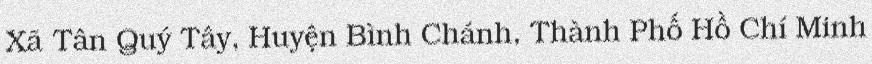
Xã Tân Quý Tây, Huyện Bình Chánh, Thành Phố Hồ Chí Minh